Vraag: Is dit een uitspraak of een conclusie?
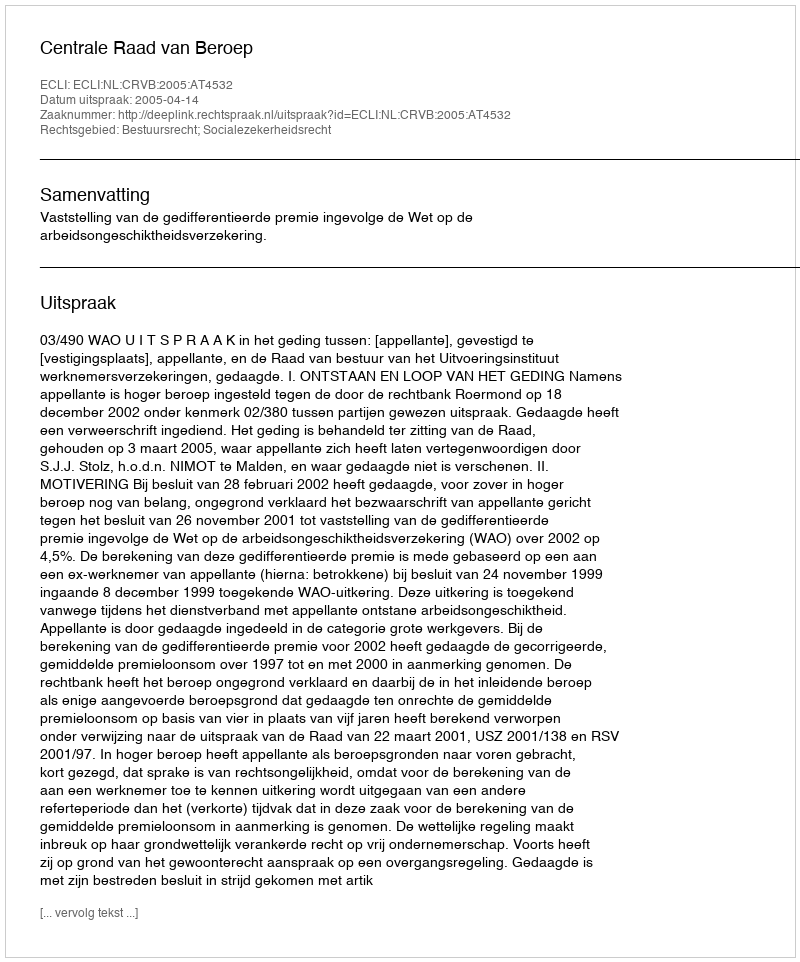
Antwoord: Uitspraak